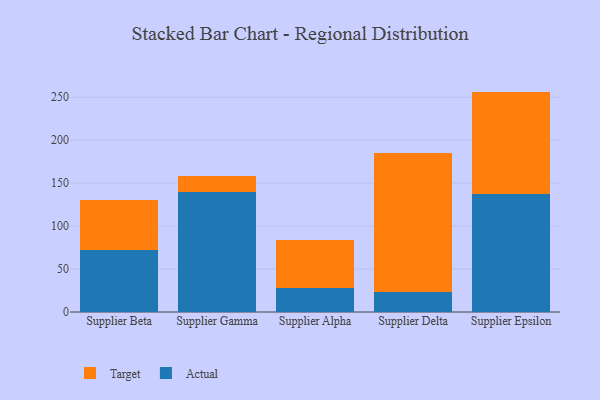
{"axis": {"x": "Supplier", "y": "Energy Usage (MWh)"}, "legend": ["Actual", "Target"], "data": [{"x": "Supplier Beta", "y": 71.8, "type": "Actual"}, {"x": "Supplier Beta", "y": 58.1, "type": "Target"}, {"x": "Supplier Gamma", "y": 139.7, "type": "Actual"}, {"x": "Supplier Gamma", "y": 18.1, "type": "Target"}, {"x": "Supplier Alpha", "y": 28.3, "type": "Actual"}, {"x": "Supplier Alpha", "y": 56.1, "type": "Target"}, {"x": "Supplier Delta", "y": 23.7, "type": "Actual"}, {"x": "Supplier Delta", "y": 161.7, "type": "Target"}, {"x": "Supplier Epsilon", "y": 137.7, "type": "Actual"}, {"x": "Supplier Epsilon", "y": 118.9, "type": "Target"}]}